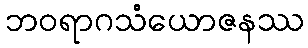
ဘဝရာဂသံယောဇနဿ